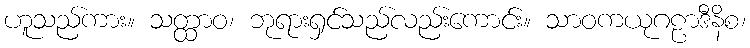
ဟူသည်ကား။ သတ္ထာဝ၊ ဘုရားရှင်သည်လည်းကောင်း။ သာဝကယုဂဠာဒီနိစ၊